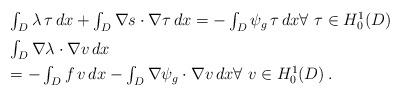
LaTeX: \begin{align*}\begin{array}{ll}\int_D \lambda \, \tau \, dx + \int_D \nabla s \cdot \nabla \tau \, dx = - \int_D \psi_g \, \tau \, dx \forall \ \tau \in H^1_0(D)\\ [6pt]\int_D \nabla \lambda \cdot \nabla v \, dx \\ [4pt]= - \int_D f \, v \, dx - \int_D \nabla \psi_g \cdot \nabla v \, dx \forall \ v \in H^1_0(D) \, .\end{array}\end{align*}